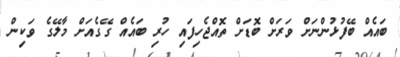
ބައެއް ބޭފުޅުންނަށް ވަރަށް ބޮޑަށް ތޮއްޖެހިފައި ހުރި ބައެއް ގޭގެއަށް މާލޭގެ ވަކިން